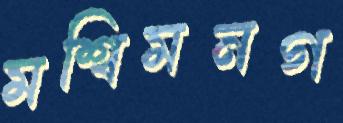
মশ্বিমনগ